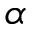
\alpha